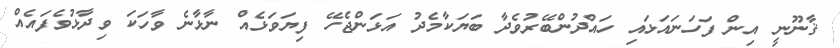
ޤާނޫނީ އިން ފަހަނައަޅައި ހައްދުންބޭރުވެދާ ބަޔަކާމެދު އަޅަންޖެހޭ ފިޔަވަޅެއް ނާޅާނެ ވާހަކަ ވިދާޅުވެފައެއް